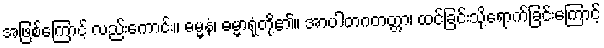
အဖြစ်ကြောင့် လည်းကောင်း။ ဓမ္မနံ၊ ဓမ္မာရုံတို့၏။ အာပါတဂတတ္တာ၊ ထင်ခြင်းသို့ရောက်ခြင်းကြောင့်